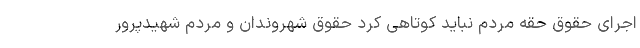
اجرای حقوق حقه مردم نباید کوتاهی کرد حقوق شهروندان و مردم شهیدپرور